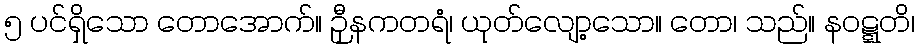
၅ ပင်ရှိသော တောအောက်။ ဉှီနကတရံ၊ ယုတ်လျော့သော။ တော၊ သည်။ နဝဋ္ဋတိ၊